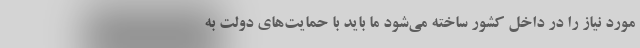
مورد نیاز را در داخل کشور ساخته می‌شود ما باید با حمایت‌های دولت به